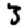
Digit: 3